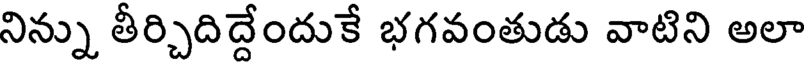
నిన్ను తీర్చిదిద్దేందుకే భగవంతుడు వాటిని అలా